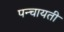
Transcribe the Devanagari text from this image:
पन्चायती